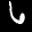
Label: 6